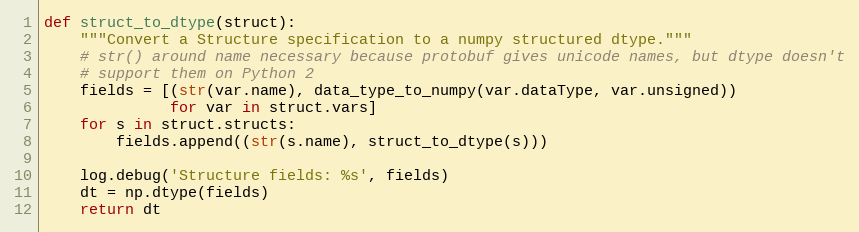
Language: Python
def struct_to_dtype(struct):
    """Convert a Structure specification to a numpy structured dtype."""
    # str() around name necessary because protobuf gives unicode names, but dtype doesn't
    # support them on Python 2
    fields = [(str(var.name), data_type_to_numpy(var.dataType, var.unsigned))
              for var in struct.vars]
    for s in struct.structs:
        fields.append((str(s.name), struct_to_dtype(s)))

    log.debug('Structure fields: %s', fields)
    dt = np.dtype(fields)
    return dt